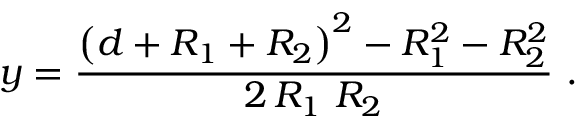
y = \frac { \left( d + R _ { 1 } + R _ { 2 } \right) ^ { 2 } - R _ { 1 } ^ { 2 } - R _ { 2 } ^ { 2 } } { 2 \, R _ { 1 } ~ R _ { 2 } } ~ .